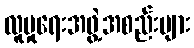
လူမှုရေးအဖွဲ့အစည်းများ